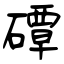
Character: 磹